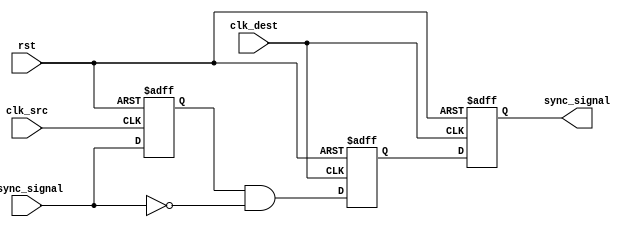
module pulsed_synchronizer (
    input wire async_signal,     // Asynchronous input signal
    input wire clk_src,         // Source clock
    input wire clk_dest,        // Destination clock
    input wire rst,             // Asynchronous reset
    output reg sync_signal       // Synchronized output signal
);

    // Internal signals
    reg ff1;                    // First flip-flop in source clock domain
    reg ff2;                    // Second flip-flop in destination clock domain
    reg pulse;                  // Pulse generation signal

    // First flip-flop to capture async_signal in source clock domain
    always @(posedge clk_src or posedge rst) begin
        if (rst) begin
            ff1 <= 1'b0;
        end else begin
            ff1 <= async_signal; // Sample async_signal
        end
    end

    // Generate pulse on the rising edge of ff1
    always @(*) begin
        pulse = ff1 && !async_signal; // Generate a pulse when async_signal transitions from high to low
    end

    // Second flip-flop to synchronize the pulse in destination clock domain
    always @(posedge clk_dest or posedge rst) begin
        if (rst) begin
            ff2 <= 1'b0;
        end else begin
            ff2 <= pulse; // Sample the pulse signal
        end
    end

    // Output synchronized signal
    always @(posedge clk_dest or posedge rst) begin
        if (rst) begin
            sync_signal <= 1'b0;
        end else begin
            sync_signal <= ff2; // Output the synchronized signal
        end
    end

endmodule